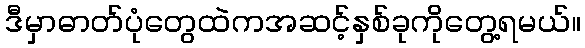
ဒီမှာဓာတ်ပုံတွေထဲကအဆင့်နှစ်ခုကိုတွေ့ရမယ်။